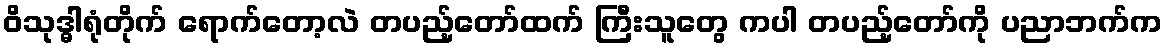
ဝိသုဒ္ဓါရုံတိုက် ရောက်တော့လဲ တပည့်တော်ထက် ကြီးသူတွေ ကပါ တပည့်တော်ကို ပညာဘက်က